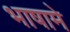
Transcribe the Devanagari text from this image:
भाषामे